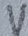
Text: V